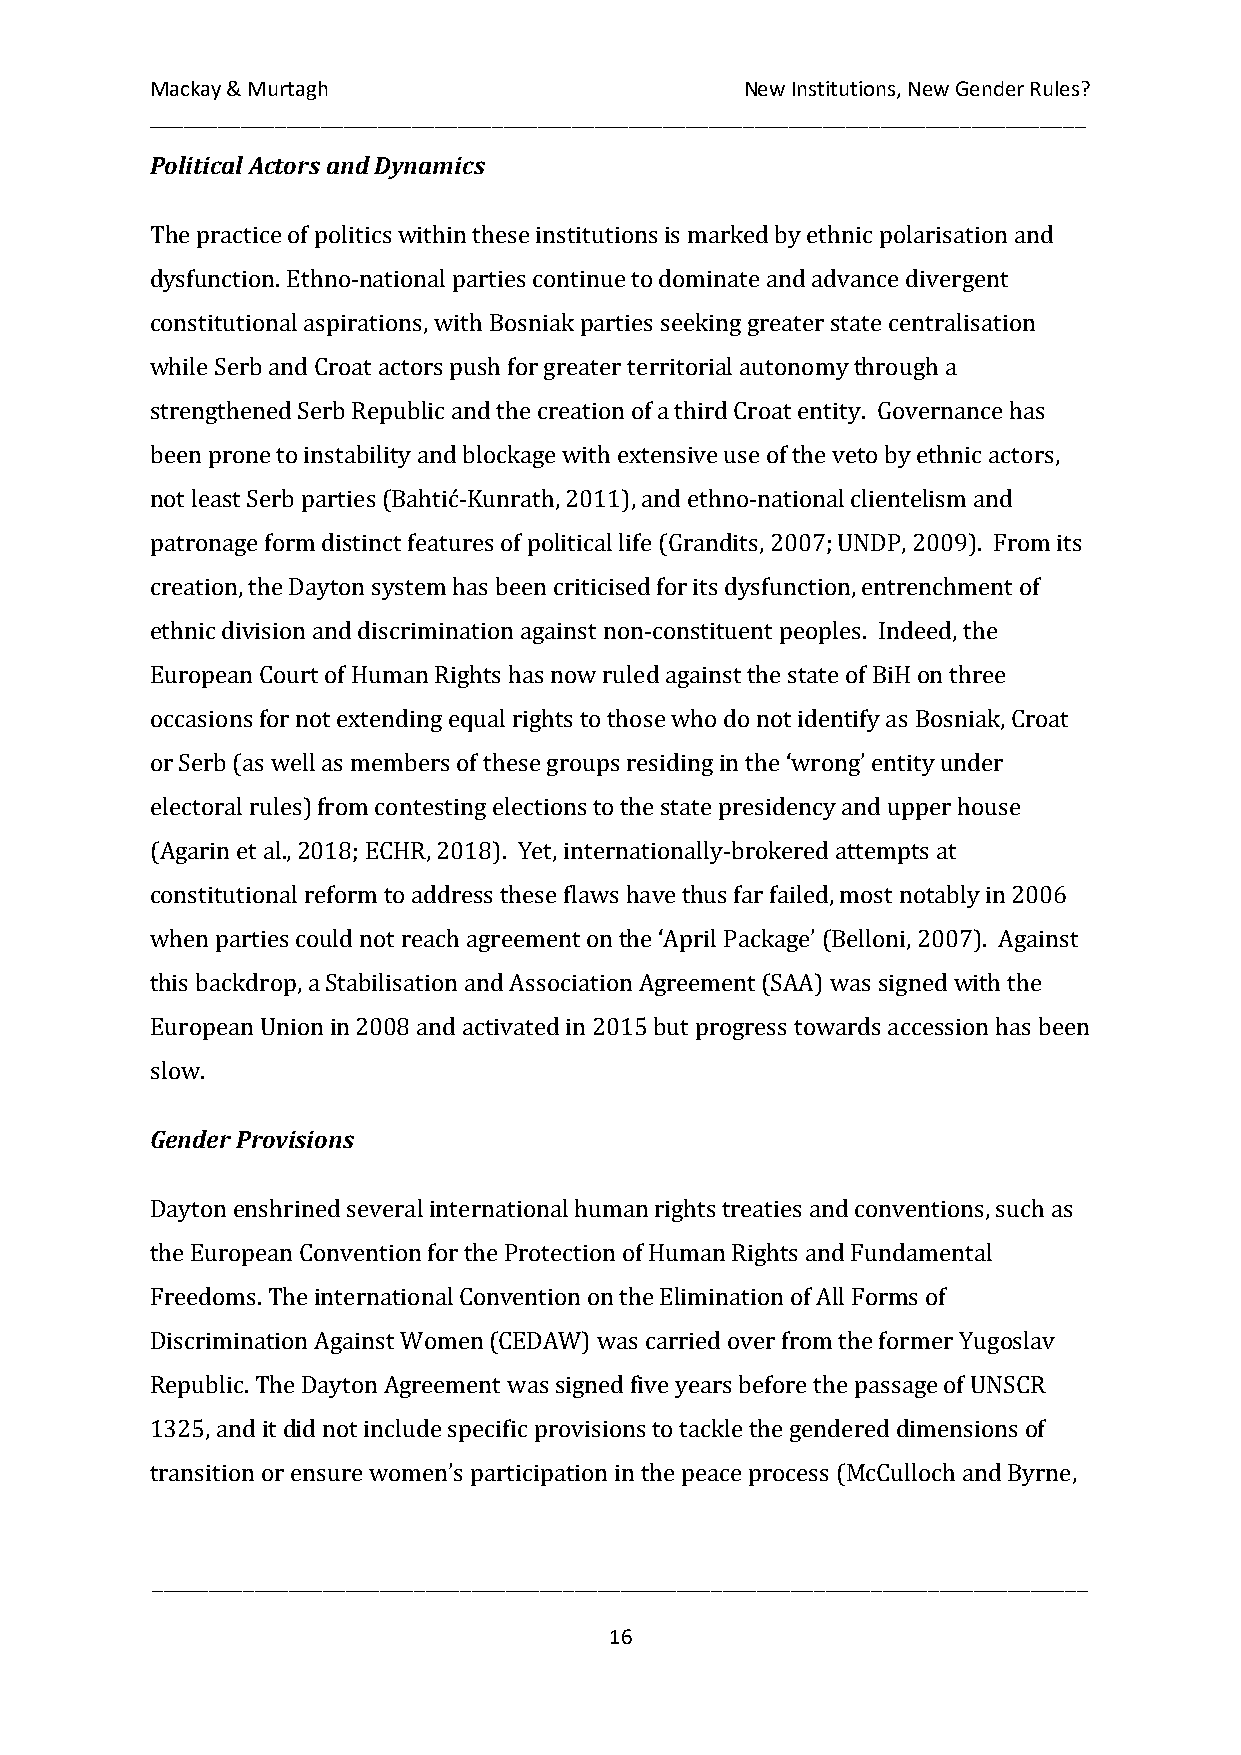
Mackay & Murtagh                       New Institutions, New Gender Rules?
 __________________________________________________________________________________
 Political Actors and Dynamics
 The practice of politics within these institutions is marked by ethnic polarisation and
 dysfunction. Ethno-national parties continue to dominate and advance divergent
 constitutional aspirations, with Bosniak parties seeking greater state centralisation
 while Serb and Croat actors push for greater territorial autonomy through a
 strengthened Serb Republic and the creation of a third Croat entity. Governance has
 been prone to instability and blockage with extensive use of the veto by ethnic actors,
 not least Serb parties (Bahtić-Kunrath, 2011), and ethno-national clientelism and
 patronage form distinct features of political life (Grandits, 2007; UNDP, 2009). From its
 creation, the Dayton system has been criticised for its dysfunction, entrenchment of
 ethnic division and discrimination against non-constituent peoples. Indeed, the
 European Court of Human Rights has now ruled against the state of BiH on three
 occasions for not extending equal rights to those who do not identify as Bosniak, Croat
 or Serb (as well as members of these groups residing in the ‘wrong’ entity under
 electoral rules) from contesting elections to the state presidency and upper house
 (Agarin et al., 2018; ECHR, 2018). Yet, internationally-brokered attempts at
 constitutional reform to address these flaws have thus far failed, most notably in 2006
 when parties could not reach agreement on the ‘April Package’ (Belloni, 2007). Against
 this backdrop, a Stabilisation and Association Agreement (SAA) was signed with the
 European Union in 2008 and activated in 2015 but progress towards accession has been
 slow.
 Gender Provisions
 Dayton enshrined several international human rights treaties and conventions, such as
 the European Convention for the Protection of Human Rights and Fundamental
 Freedoms. The international Convention on the Elimination of All Forms of
 Discrimination Against Women (CEDAW) was carried over from the former Yugoslav
 Republic. The Dayton Agreement was signed five years before the passage of UNSCR
 1325, and it did not include specific provisions to tackle the gendered dimensions of
 transition or ensure women’s participation in the peace process (McCulloch and Byrne,
 __________________________________________________________________________________
 16